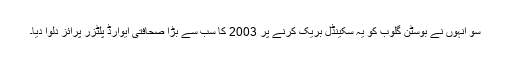
سو انہوں نے بوسٹن گلوب کو یہ سکینڈل بریک کرنے پر 2003 کا سب سے بڑا صحافتی ایوارڈ پلٹزر پرائز دلوا دیا۔